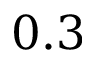
0 . 3